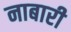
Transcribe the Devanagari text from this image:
नाबारी